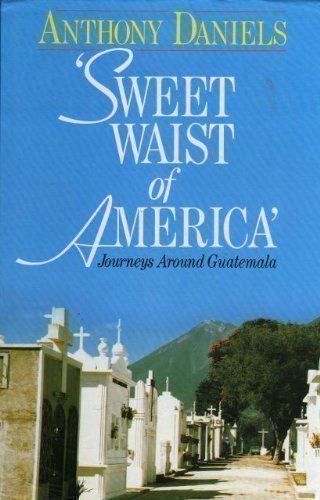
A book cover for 'Sweet Waist of America' - Journeys Around Guatemala; Anthony Daniels; Travel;